Report on horse surra - Volume I
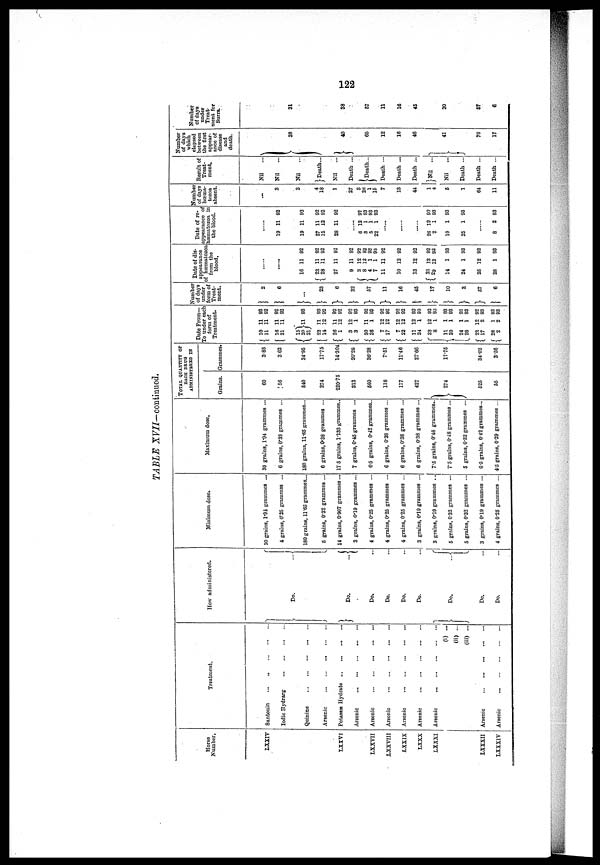
122
TABLE XVII-continued.
Horse
Number.
LXXIV
LXXVI
LXXVII
XXXVIII
LXXIX
LXXX
LXXXI
LXXXII
LXXXIV
Treatment.
Santonin ... ... ... ... ...
Iodic Hydrarg
...
...
...
...
Quinine ... ... ... ... ...
Arsenic ... ... ... ... ...
Potassæ Hydrate ... ... ... ... ...
Arsenic ... ... ... ... ...
Arsenic ... ... ... ... ...
Arsenic ... ... ... ... ...
Arsenic ... ... ... ... ...
Arsenic ... ... ... ... ...
Arsenic ... ... ... ... ...
(i) ...
(ii) ...
(iii) ....
Arsenic ... ... ... ... ...
Arsenic ... ... ... ... ...
How administered.
Do. ...
Do. ...
Do. ...
Do. ...
Do. ...
Do. ...
Do. ...
Do. ...
Do. ...
Minimum dose.
30 grains, 1.94 grammes ...
4 grains, 0.25 grammes ...
180 grains, 11.65 grammes...
6 grains, 0.32 grammes ...
14 grains, 0.907 grammes ...
3 grains, 0.19 grammes ...
4 grains, 0.25 grammes ...
4 grains, 0.25 grammes ...
4 grains, 0.25 grammes ...
3 grains, 0.19 grammes ...
3 grains, 0.19 grammes ..
5 grains, 0.32 grammes ...
5 grains, 0.32 grammes ...
3 grains, 0.19 grammes ...
4 grains, 0.25 grammes ...
Maximum dose.
30 grains, 1.94 grammes ...
6 grains, 0.33 grammes ...
180 grains, 11.65 grammes...
6 grains, 0.38 grammes ...
175 grains, 1.133 grammes..
7 grains, 0.45 grammes ...
6-5 grains, 0.42 grammes..
6 grains, 0.38 grammes ...
6 grains, 0.38 grammes ...
6 grains, 0.38 grammes ...
7.5 grains, 0.48 grammes..
7.5 grains, 0.48 grammes...
5 grains, 0.82 grammes ...
6.5 grains, 0.42 grammes...
4.5 grains, 0.29 grammes ...
TOTAL QUANTITY OF
BACH DRUG
ADMINISTERED IN
Grains.
60
[56
540
274
220.75
813
560
116
177
427
274
525
65
Grammes.
3.88
3 62
34.95
17.75
14.304
20.28
36.28
7.51
11.46
27.66
17.75
34 02
3.56
Date From—
To under each
form of
Treatment.
10 11 92
11 11 92
16 11 92
21 11 92
15
20 } 11 92
2l 22 11 92
14 12 92
26 11 92
1 12 92
3 12 92
3 1 93
30 11 92
26 1 93
7 12 92
17 12 92
7 12 92
22 12 92
11 12 92
24 1 93
23 12 92
8 1 93
11 1 93
20 1 93
24 1 93
26 1 93
23 12 92
17 2 93
28 1 93
2 2 93
Number
of days
under
form of
Treat-
ment.
2
6
...
23
6
32
57
11
16
45
17
10
3
57
6
Date of dis-
appearance
of hœmatozoa
from the
blood.
16 11 92
23 11 92
28 11 92
27 11 92
9 11 92
3 12 92
8 12 92
4 1 93
7 1 93
11 11 92
10 12 92
13 12 92
25 12 92
29 12 92
14 1 93
24 1 93
25 12 92
28 1 93
Date of re-
appearance of
hæmatozoa in
the blood.
19 11 92
19 11 92
27 11 92
15 12 92
28 11 92
6 12 92
3 1 93
5 1 93
22 1 93
......
......
......
26 12 92
2 1 93
19 1 93
25 1 93
........
8 2 93
Number
of days
hæma-
tozoa
absent.
...
3
3
4
18
1
27
3
26
1
15
7
13
44
1
4
5
1
64
11
Result of
Treat.
ment.
Nil
...
Nil
...
Nil
}Death...
Nil
...
Death ...
Death ...
Death ...
Death ...
Death ...
Nil ...
Nil ...
Death ...
Death ...
Death ...
Number
of days
which
elapsed
between
the first
appear-
ance of
disease
and
death.
38
40
65
12
16
46
41
70
17
Number
of days
under
Treat-
ment for
Surrs.
31
38
57
11
16
45
30
57
6